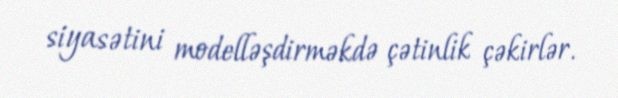
siyasətini modelləşdirməkdə çətinlik çəkirlər.